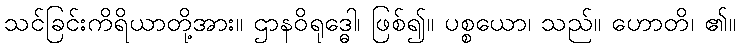
သင်ခြင်းကိရိယာတို့အား။ ဌာနဝိရုဒ္ဓေါ၊ ဖြစ်၍။ ပစ္စယော၊ သည်။ ဟောတိ၊ ၏။